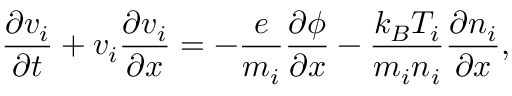
\frac { \partial v _ { i } } { \partial t } + v _ { i } \frac { \partial v _ { i } } { \partial x } = - \frac { e } { m _ { i } } \frac { \partial \phi } { \partial x } - \frac { k _ { B } T _ { i } } { m _ { i } n _ { i } } \frac { \partial n _ { i } } { \partial x } ,